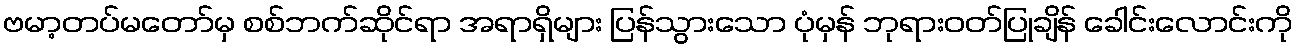
ဗမာ့တပ်မတော်မှ စစ်ဘက်ဆိုင်ရာ အရာရှိများ ပြန်သွားသော ပုံမှန် ဘုရားဝတ်ပြုချိန် ခေါင်းလောင်းကို